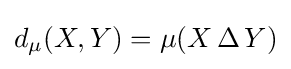
d_{\mu }(X,Y)=\mu (X\,\Delta \,Y)